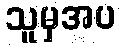
သူမှအပ